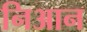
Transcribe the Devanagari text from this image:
निआन